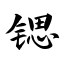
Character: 锶